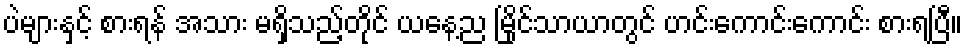
ပဲများနှင့် စားရန် အသား မရှိသည့်တိုင် ယနေ့ည မြိုင်သာယာတွင် ဟင်းကောင်းကောင်း စားရပြီ။